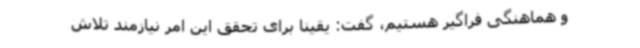
و هماهنگی فراگیر هستیم، گفت: یقینا برای تحقق این امر نیازمند تلاش